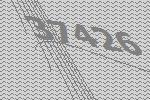
37426